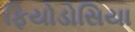
ફિયોડોસિયા